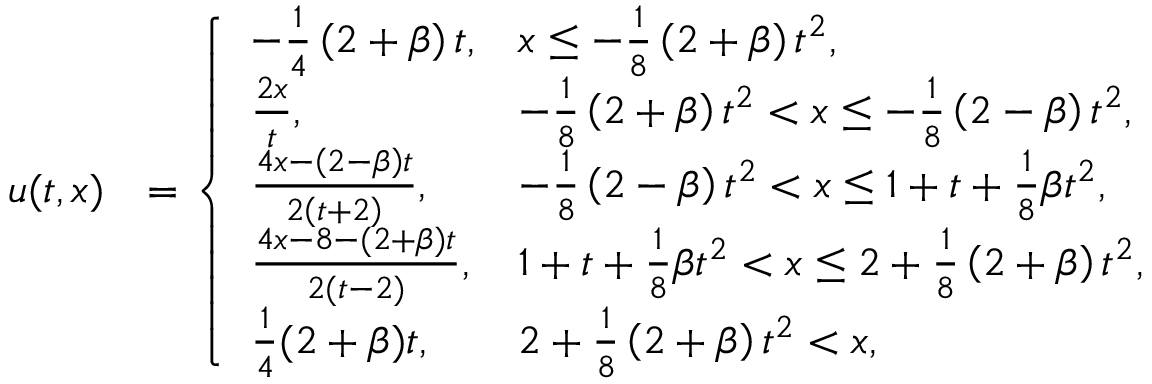
\begin{array} { r l } { u ( t , x ) } & { = \left\{ \begin{array} { l l } { - \frac { 1 } { 4 } \left( 2 + \beta \right) t , } & { x \leq - \frac { 1 } { 8 } \left( 2 + \beta \right) t ^ { 2 } , } \\ { \frac { 2 x } { t } , } & { - \frac { 1 } { 8 } \left( 2 + \beta \right) t ^ { 2 } < x \leq - \frac { 1 } { 8 } \left( 2 - \beta \right) t ^ { 2 } , } \\ { \frac { 4 x - \left( 2 - \beta \right) t } { 2 \left( t + 2 \right) } , } & { - \frac { 1 } { 8 } \left( 2 - \beta \right) t ^ { 2 } < x \leq 1 + t + \frac 1 8 \beta t ^ { 2 } , } \\ { \frac { 4 x - 8 - ( 2 + \beta ) t } { 2 ( t - 2 ) } , } & { 1 + t + \frac 1 8 \beta t ^ { 2 } < x \leq 2 + \frac 1 8 \left( 2 + \beta \right) t ^ { 2 } , } \\ { \frac { 1 } { 4 } ( 2 + \beta ) t , } & { 2 + \frac { 1 } { 8 } \left( 2 + \beta \right) t ^ { 2 } < x , } \end{array} \right. } \end{array}